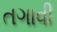
તગાવી